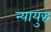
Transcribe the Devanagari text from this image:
न्यायुद्ध